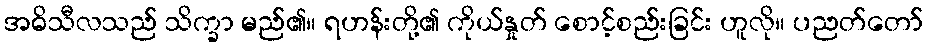
အဓိသီလသည် သိက္ခာ မည်၏။ ရဟန်းတို့၏ ကိုယ်နှုတ် စောင့်စည်းခြင်း ဟူလို။ ပညတ်တော်